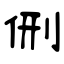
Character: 侀